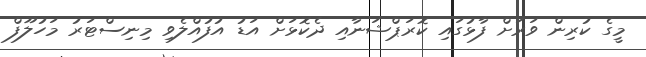
މީގެ ކުރިން ވަރަށް ފާޅުގައި ކޮރަޕްޝަނާއި ދެކޮޅަށް އަޑު އުފުއްލެވި މިނިސްޓަރު މަހުލޫފް